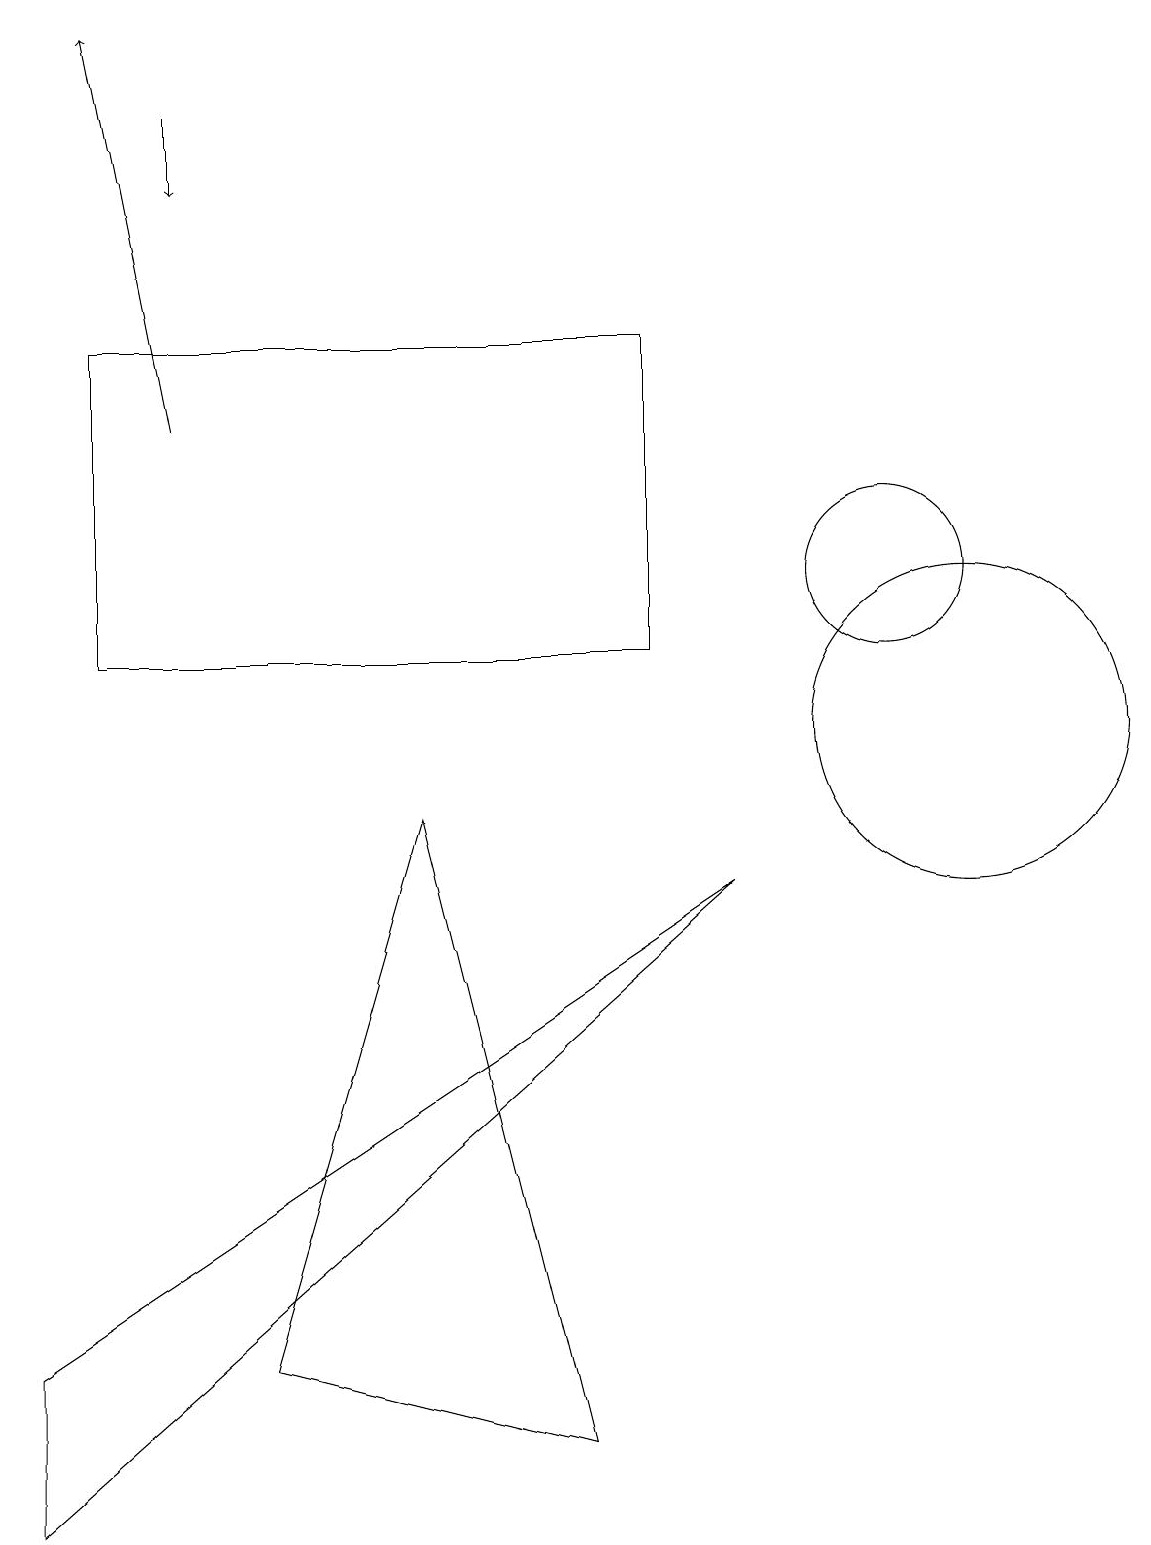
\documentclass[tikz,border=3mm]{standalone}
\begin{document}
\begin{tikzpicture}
\draw[->] (2,14) -- (1,19);
\draw (11,12) circle (1);
\draw (8,15) rectangle (1,11);
\draw (7,1) -- (5,9) -- (3,2) -- cycle;
\draw (9,8) -- (0,2) -- (0,0) -- cycle;
\draw[->] (2,18) -- (2,17);
\draw (12,10) circle (2);
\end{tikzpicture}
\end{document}